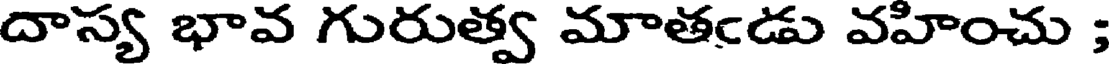
దాస్య భావ గురుత్వ మాతఁడు వహించు ;